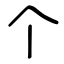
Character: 个